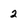
Character: 2